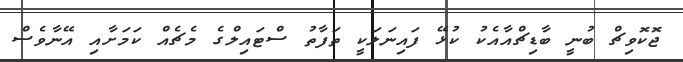
ޖޮކޮވިޗް ބުނީ ބާޑިޗްއާއެކު ކުޅޭ ފައިނަލަކީ ތަފާތު ސްޓައިލްގެ މެޗެއް ކަމަށާއި އޭނާވެސް